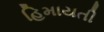
હિમાયતી